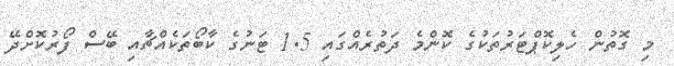
މި ގޮތުން ހެލިކޮޕްޓަރުތަކުގެ ކޮންމެ ދަތުރެއްގައި 1.5 ޓަނުގެ ކާބޯތަކެއްޗާއި ބޭސް ފޯރުކޮށްދޭ